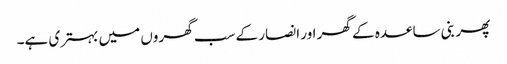
پھر بنی ساعدہ کے گھر اور انصار کے سب گھروں میں بہتری ہے۔